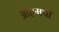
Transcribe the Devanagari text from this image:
ओएमपी